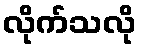
လိုက်သလို